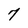
Character: 7